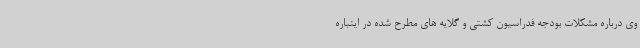
وی درباره مشکلات بودجه فدراسیون کشتی و گلایه های مطرح شده در اینباره